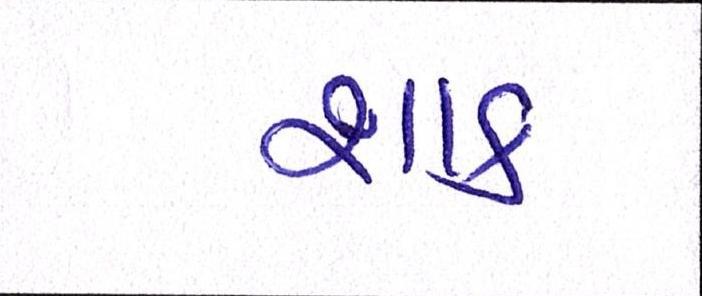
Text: શાક